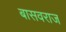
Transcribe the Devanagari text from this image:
बासवराज